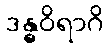
ဒန္ဓဝိရာဂိ